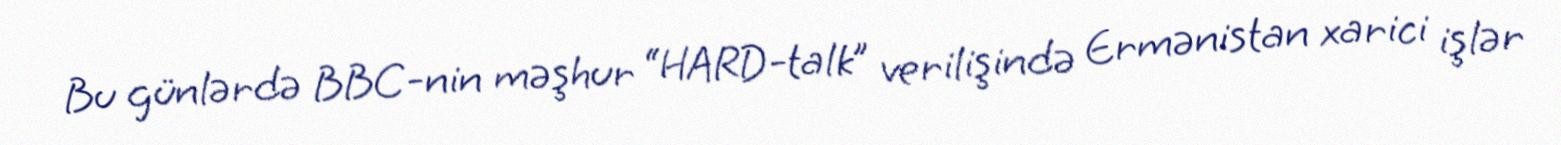
Bu günlərdə BBC-nin məşhur “HARD-talk” verilişində Ermənistan xarici işlər